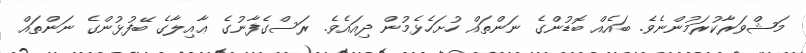
މަޝްވަރާކުރަމުންނެވެ. ބައެއް ބޮޑުންގެ ނަންތައް ހުށަހެޅެމުން ދިއައެވެ. ރަސްގެފާނުގެ ޢާއިލާގެ ބޭފުޅުންގެ ނަންތައް